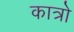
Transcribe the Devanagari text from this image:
कात्रो